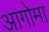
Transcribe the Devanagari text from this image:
आगोमा